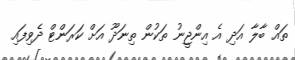
ތައް ބާލާ އަދި އެ އިންޖީނު ތަކުން ތިނަދޫ އަށް ކަރަންޓް ދެވިފައި